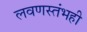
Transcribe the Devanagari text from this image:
लवणस्तंभही